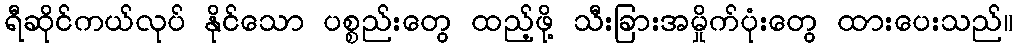
ရီဆိုင်ကယ်လုပ် နိုင်သော ပစ္စည်းတွေ ထည့်ဖို့ သီးခြားအမှိုက်ပုံးတွေ ထားပေးသည်။